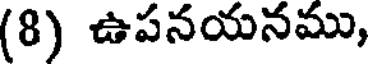
(8) ఉపనయనము,